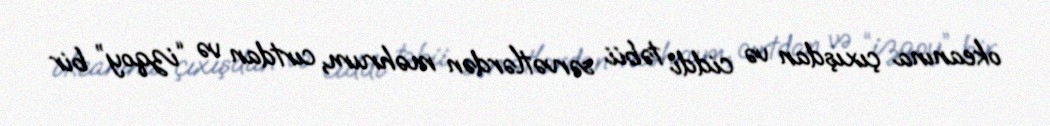
okeanına çıxışdan və ciddi təbii sərvətlərdən məhrum, cırtdan və “izqoy” bir